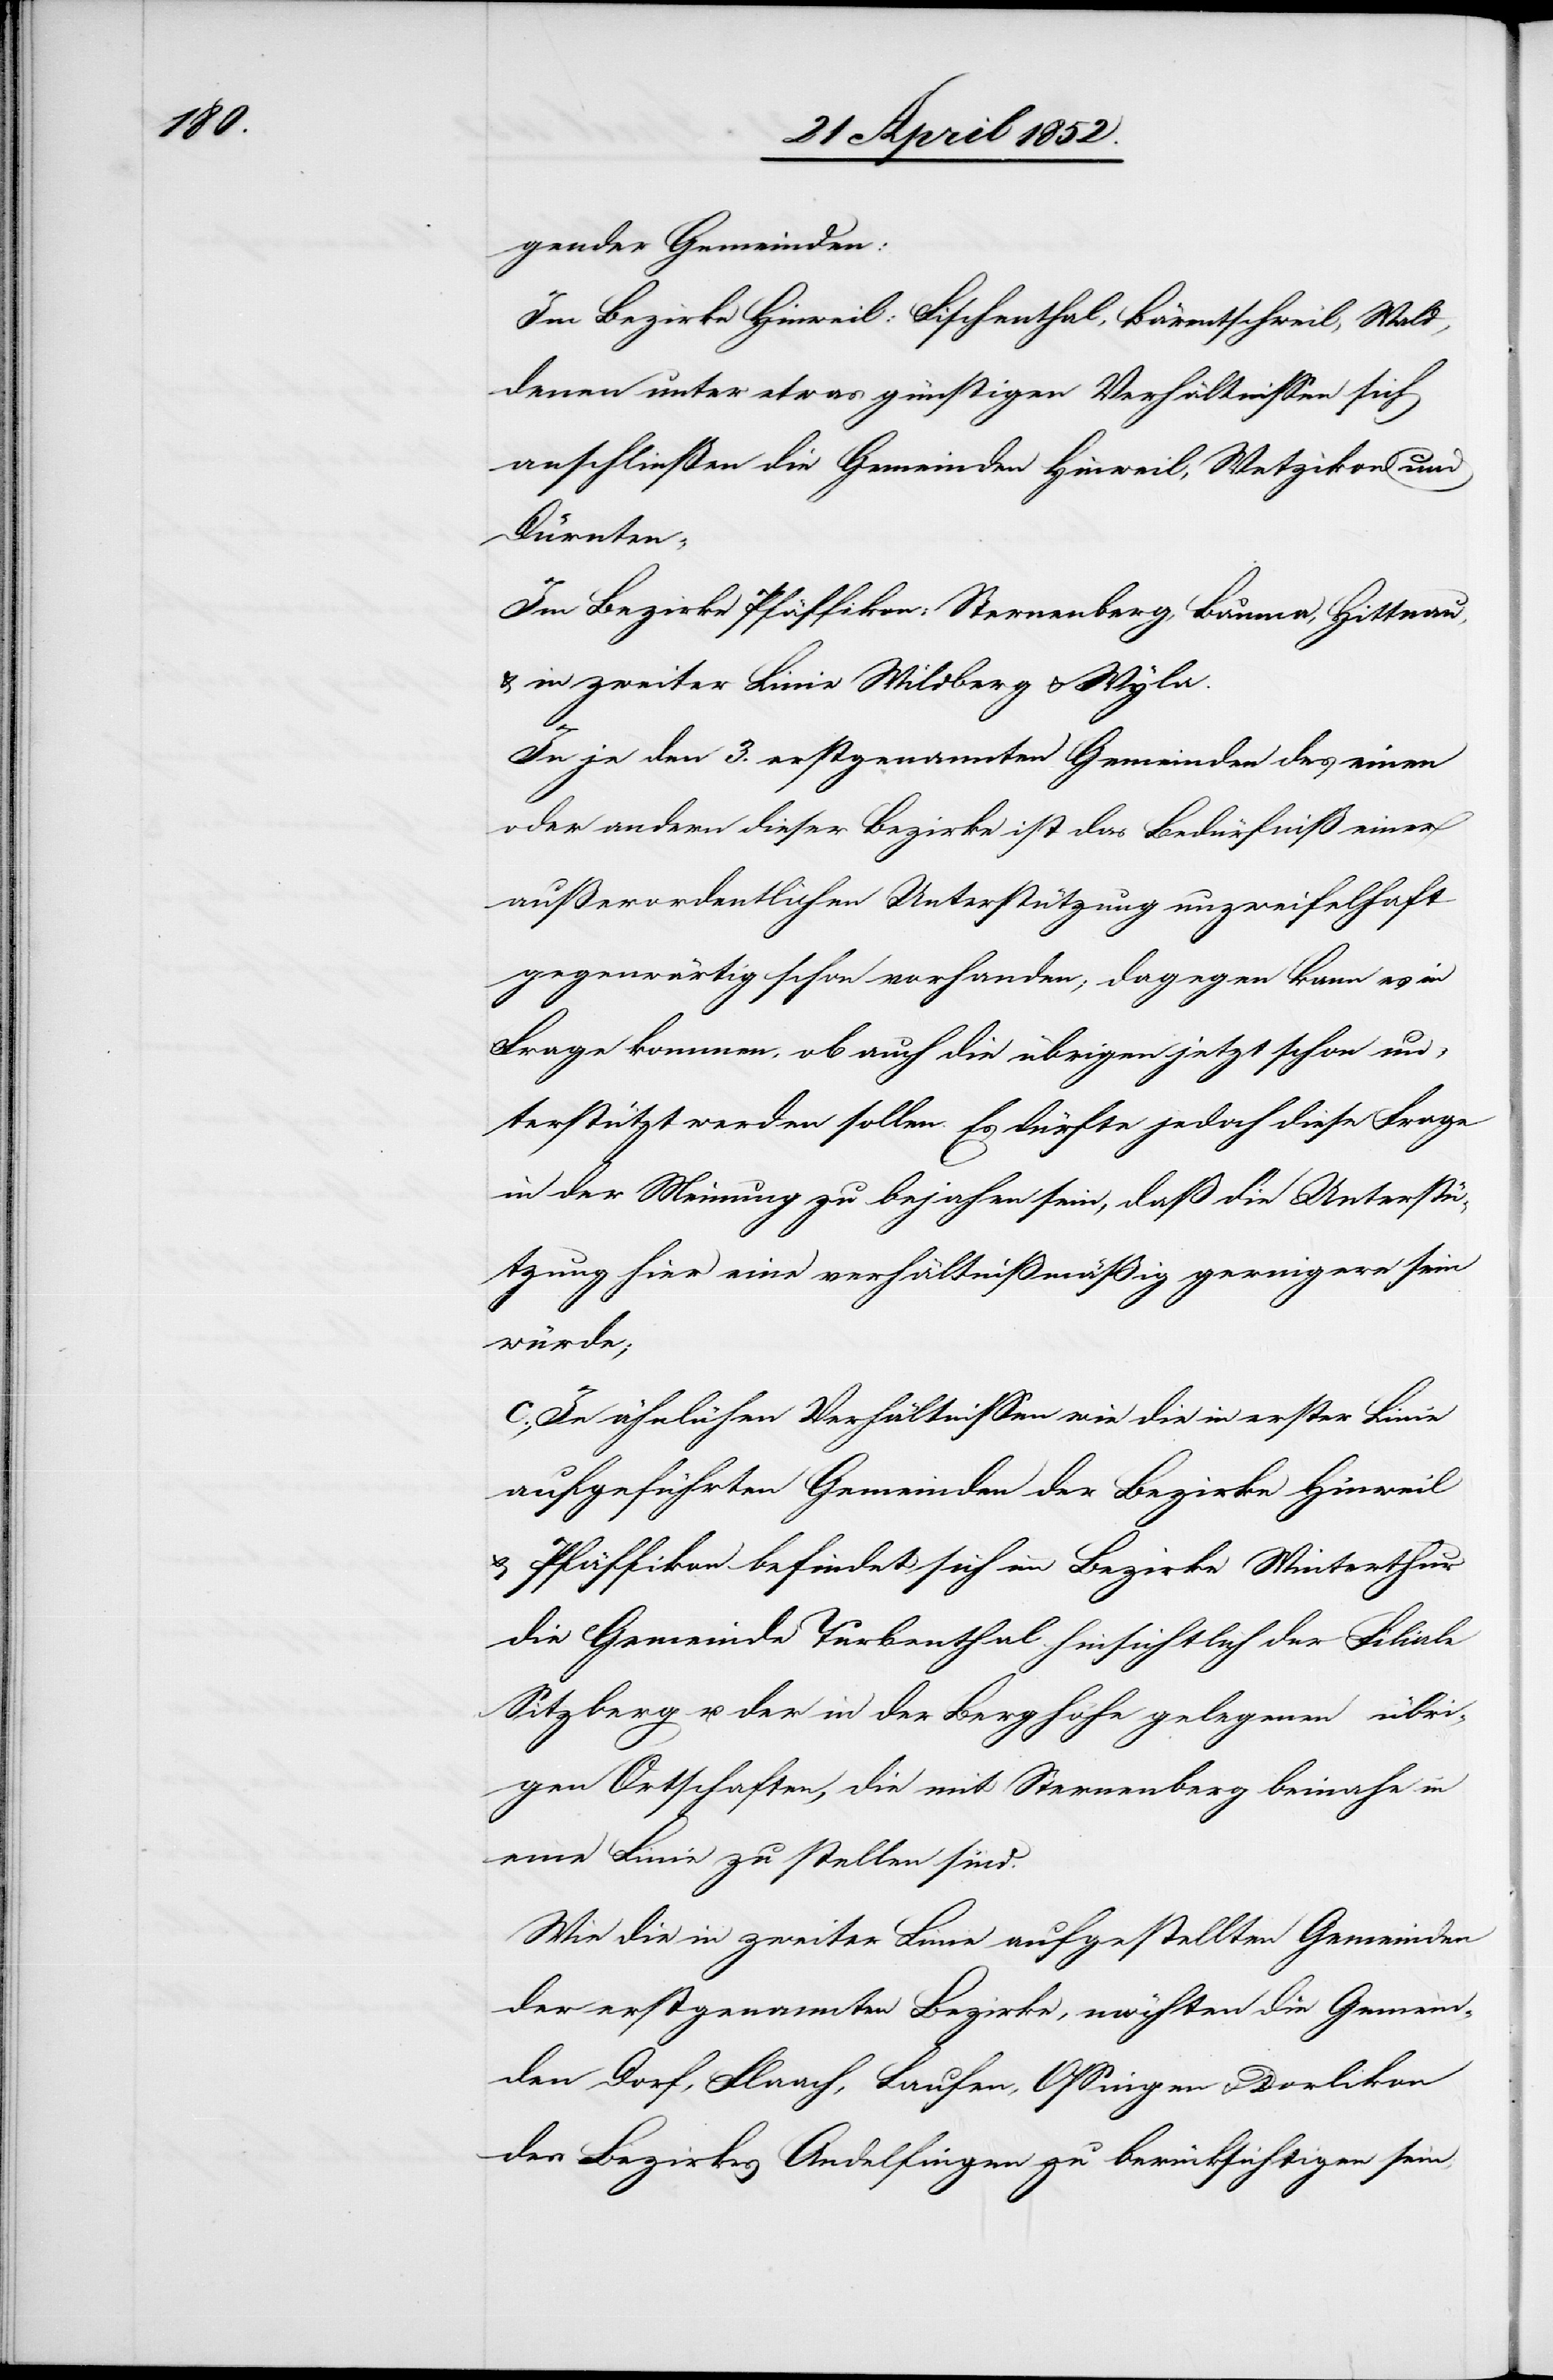
gender Gemeinden:
Im Bezirke Hinweil: Fischenthal, Bärentschweil, Wald,
denen unter etwas günstigen Verhältnissen sich
anschließen die Gemeinden Hinweil, Wetzikon und
Dürnten;
Im Bezirke Pfäffikon: Sternenberg, Bauma, Hittnau,
& in zweiter Linie Wildberg & Wyla.
In je den 3. erstgenannten Gemeinden des einen
oder andern dieser Bezirke ist das Bedürfniß einer
außerordentlichen Unterstützung unzweifelhaft
gegenwärtig schon vorhanden; dagegen kann es in
Frage kommen, ob auch die übrigen jetzt schon un¬
terstützt werden sollen. Es dürfte jedoch diese Frage
in der Meinung zu bejahen sein, daß die Unterstü¬
tzung hier eine verhältnißmäßig geringere sein
würde;
In ähnlichen Verhältnissen wie die in erster Linie
aufgeführten Gemeinden der Bezirke Hinweil
& Pfäffikon befindet sich im Bezirke Winterthur
die Gemeinde Turbenthal hinsichtlich der Filiale
Sitzberg u. der in der Berghöhe gelegenen übri¬
gen Ortschaften, die mit Sternenberg beinahe in
eine Linie zu stellen sind.
Wie die in zweiter Linie aufgestellten Gemeinden
der erstgenannten Bezirke, möchten die Gemein¬
den Dorf, Flaach, Laufen, Ossingen & Dorlikon
des Bezirkes Andelfingen zu berücksichtigen sein;